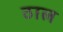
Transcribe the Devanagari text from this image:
ठाल